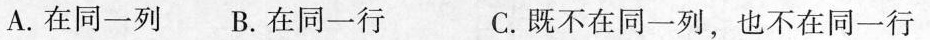
A.在同一列 B.在同一行 C.既不在同一列，也不在同一行